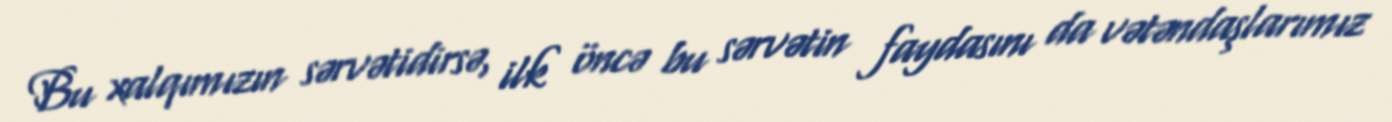
Bu xalqımızın sərvətidirsə, ilk öncə bu sərvətin faydasını da vətəndaşlarımız